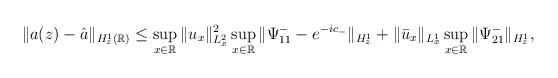
LaTeX: \begin{align*}\begin{aligned}\|a(z)-\hat{a}\|_{H_z^1(\mathbb{R})}&\leq \sup_{x\in \mathbb{R}} \| u_x \|_{L^2_x}^2\sup_{x\in \mathbb{R}} \| \Psi^-_{11}-e^{-ic_-}\|_{H_z^1} +\|\bar{u}_x \|_{L^1_x} \sup_{x\in \mathbb{R}} \| \Psi^-_{21}\|_{H_z^1},\end{aligned}\end{align*}